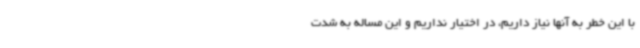
با این خطر به آنها نیاز داریم، در اختیار نداریم و این مساله به شدت